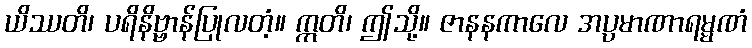
ယိဿတိ၊ ပရိနိဗ္ဗာန်ပြုလတံ့။ ဣတိ၊ ဤသို့။ ဇာနနကာလေ အပ္ပမာဏာရမ္မဏံ